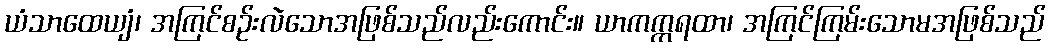
ယံသာထေယျံ၊ အကြင်စဉ်းလဲသောအဖြစ်သည်လည်းကောင်း။ ယာကက္ကရထာ၊ အကြင်ကြမ်းသောမအဖြစ်သည်